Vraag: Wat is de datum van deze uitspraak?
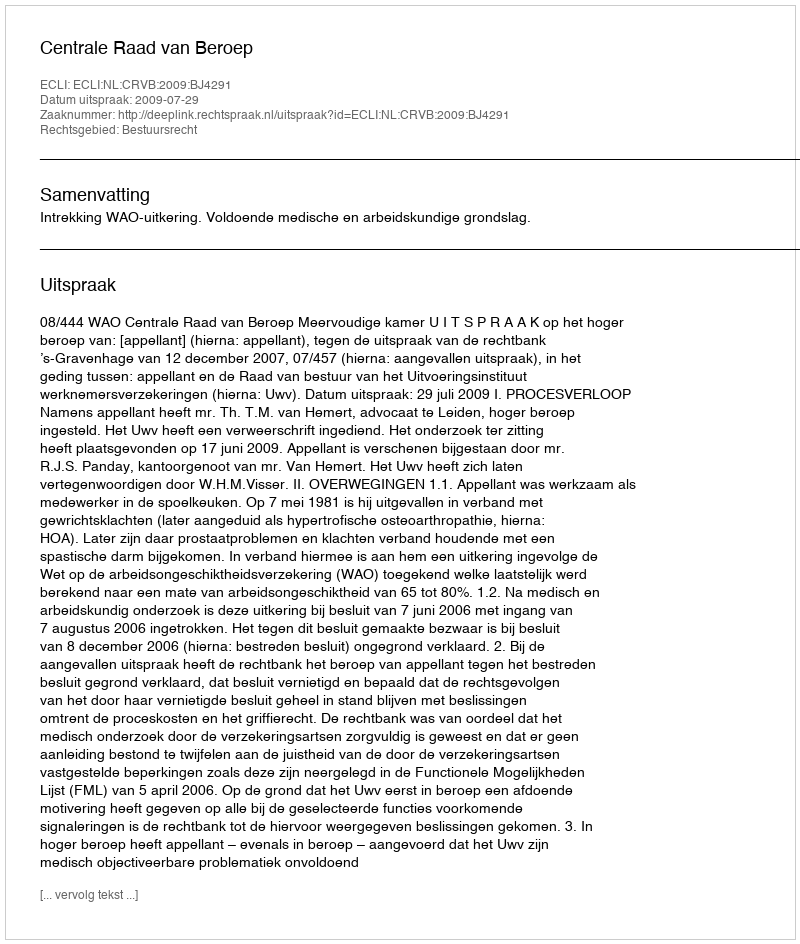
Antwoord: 2009-07-29